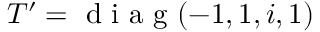
T ^ { \prime } = \mathrm { ~ d ~ i ~ a ~ g ~ } ( - 1 , 1 , i , 1 )